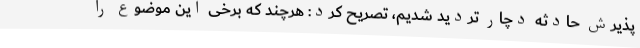
پذیرش حادثه دچار تردید شدیم، تصریح کرد: هرچند که برخی این موضوع را